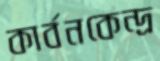
কার্বনকেন্দ্র